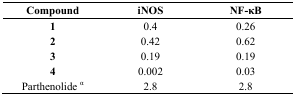
<table><thead><tr><td><b>Compound </b></td><td><b>iNOS </b></td><td><b>NF-κB</b></td></tr></thead><tbody><tr><td><b>1</b></td><td>0.4</td><td>0.26</td></tr><tr><td><b>2</b></td><td>0.42</td><td>0.62</td></tr><tr><td><b>3</b></td><td>0.19</td><td>0.19</td></tr><tr><td><b>4</b></td><td>0.002</td><td>0.03</td></tr><tr><td>Parthenolide <sup>α</sup></td><td>2.8</td><td>2.8</td></tr></tbody></table>